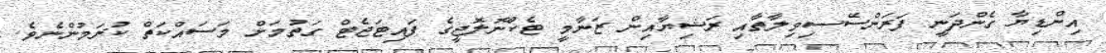
އިންޑިޔާ ގެންދަނީ ފަރަންސޭސިވިލާތާއި ރަޝިޔާއިން ޒަނާމީ ޓެކްނޮލޮޖީގެ ފައިޓަޖެޓް ގަތުމަށް މަސައްކަތް ކުރަމުންނެވެ.